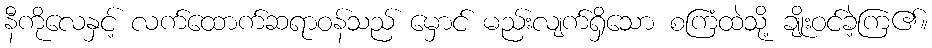
နီကိုလေနှင့် လက်ထောက်ဆရာဝန်သည် မှောင် မည်းလျက်ရှိသော စကြံထဲသို့ ချိုးဝင်ခဲ့ကြ၏။